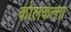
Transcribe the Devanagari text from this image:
कोलकत्‍ता